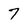
Character: 7